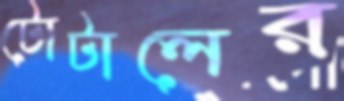
টোটালের